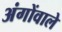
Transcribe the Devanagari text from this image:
अंगोंवाले